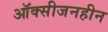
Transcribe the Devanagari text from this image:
ऑक्सीजनहीन